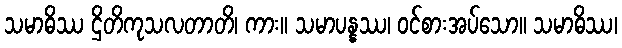
သမာဓိဿ ဌိတိကုသလတာတိ၊ ကား။ သမာပန္နဿ၊ ဝင်စားအပ်သော။ သမာဓိဿ၊